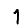
Digit: 1